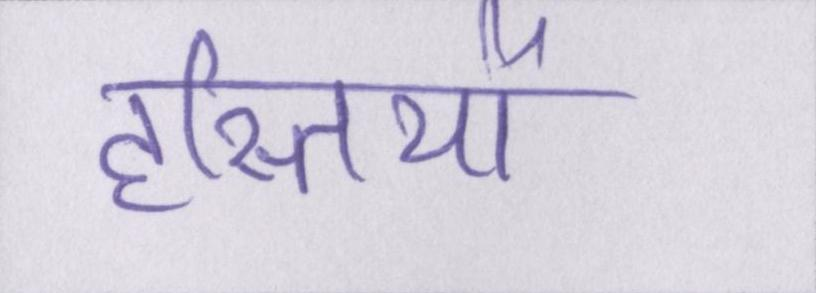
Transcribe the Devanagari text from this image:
हस्तियों